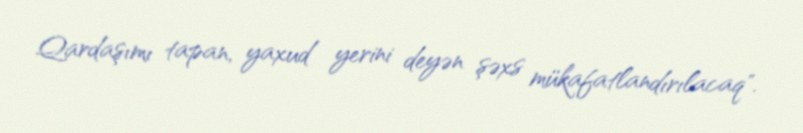
Qardaşımı tapan, yaxud yerini deyən şəxs mükafatlandırılacaq".